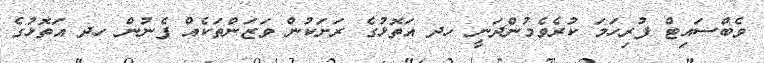
ވެބްސައިޓް ފުރިހަމަ ކުރެވެމުންދަނީ ހދ އަތޮޅުގެ ރަށަކުން ވަޒަންތަކެއް ފެނުން ހދ އަތޮޅުގެ